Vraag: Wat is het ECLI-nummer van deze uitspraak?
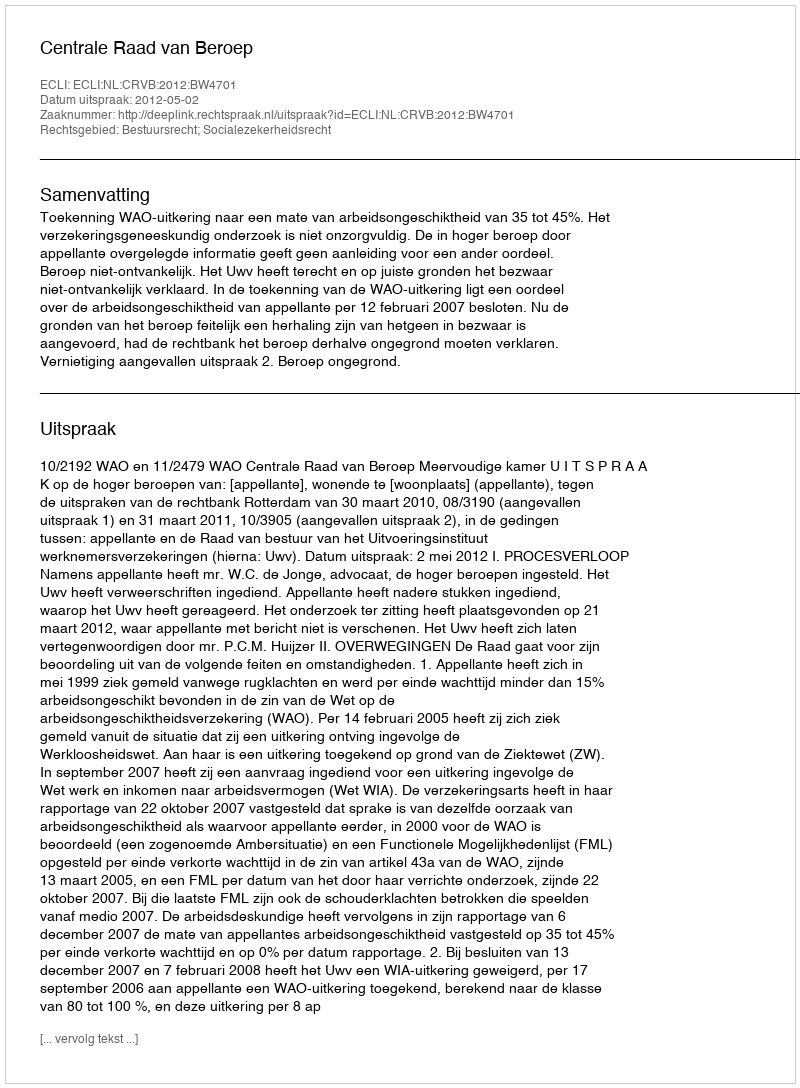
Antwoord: ECLI:NL:CRVB:2012:BW4701